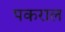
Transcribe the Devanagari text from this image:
पकराल